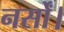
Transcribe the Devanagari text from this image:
नर्सों।